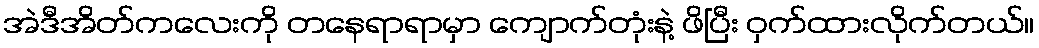
အဲဒီအိတ်ကလေးကို တနေရာရာမှာ ကျောက်တုံးနဲ့ ဖိပြီး ဝှက်ထားလိုက်တယ်။